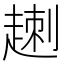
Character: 𧼕